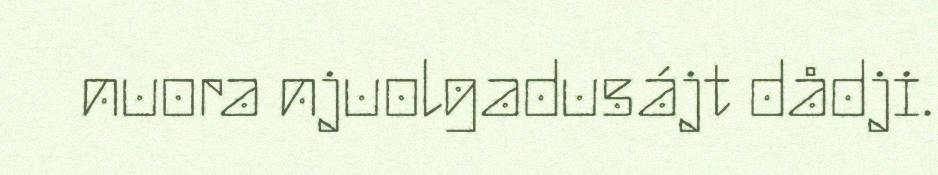
nuora njuolgadusájt dådji.